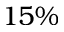
1 5 \%